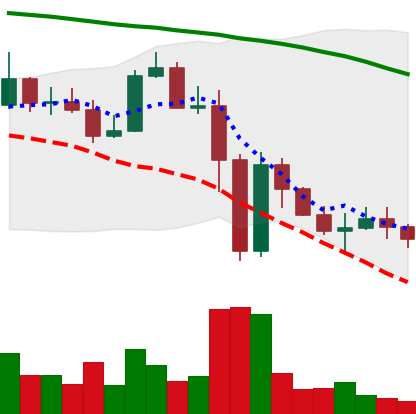
Ticker: ADA-USD
Chart end date: 2022-11-17
Forward return: -3.982%
Label: down_3_5